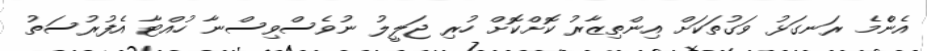
އެންެމެ ރަނގަޅު ވަގުތަކަށް އިންތިޒާރު ކޮށްކޮށް ހުރި ޖަލީލު ނުވެސްވިސްނާ ހުއްޓާ އެފުރުސަތު